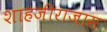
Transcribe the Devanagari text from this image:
शाहजीराजास